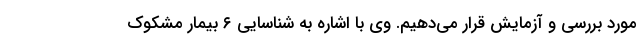
مورد بررسی و آزمایش قرار می‌دهیم. وی با اشاره به شناسایی ۶ بیمار مشکوک